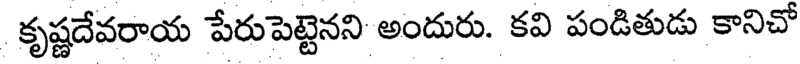
కృష్ణదేవరాయ పేరుపెట్టెనని అందురు. కవి పండితుడు కానిచో